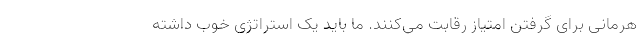
هرمانی برای گرفتن امتیاز رقابت می‌کنند. ما باید یک استراتژی خوب داشته